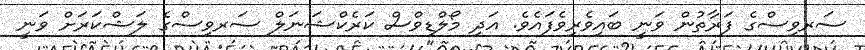
ސަރވިސްގެ ފަރާތުން ވަނީ ބައިވެރިވެފައެވެ. އަދި މޯލްޑިވްސް ކަރެކްޝަނަލް ސަރވިސްގެ ލަޝްކަރަށް ވަނީ